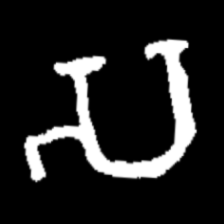
Pyu character \u2014 Myanmar letter: သ (romanized: sa)